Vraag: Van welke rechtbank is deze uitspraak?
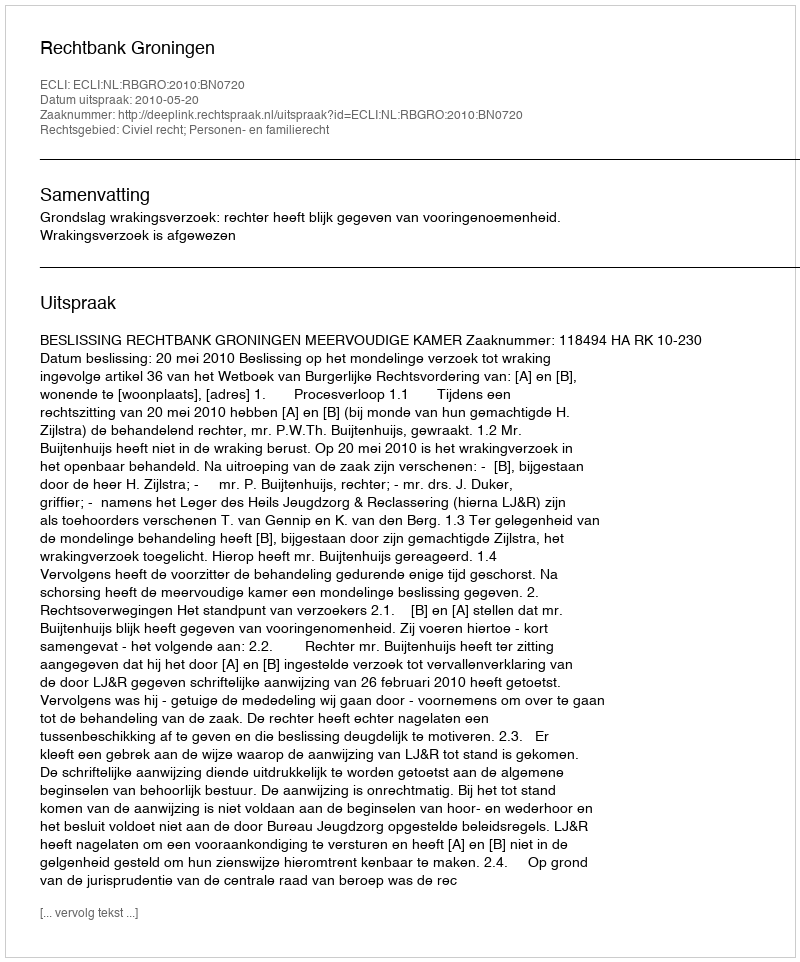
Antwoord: Rechtbank Groningen